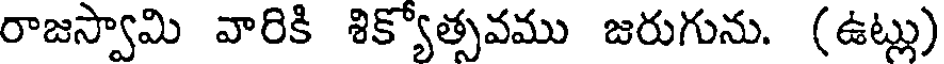
రాజస్వామి వారికి శిక్యోత్సవము జరుగును. (ఉట్లు)